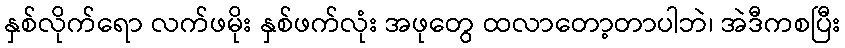
နှစ်လိုက်ရော လက်ဖမိုး နှစ်ဖက်လုံး အဖုတွေ ထလာတော့တာပါဘဲ၊ အဲဒီကစပြီး